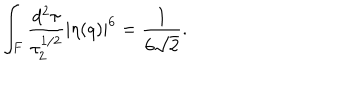
\int _ { F } \frac { d ^ { 2 } \tau } { \tau _ { 2 } ^ { 1 / 2 } } | \eta ( q ) | ^ { 6 } = \frac { 1 } { 6 \sqrt { 2 } } .